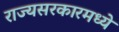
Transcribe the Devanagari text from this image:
राज्यसरकारमध्ये